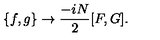
\{ f , g \} \rightarrow \frac { - i N } { 2 } [ F , G ] .